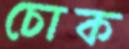
চোক